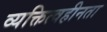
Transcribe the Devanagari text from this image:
व्यक्तित्वहीनता